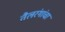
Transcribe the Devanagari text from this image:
तैलरंगांचा